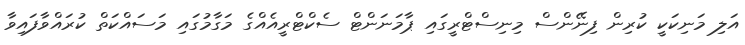
އަލި މަނިކަކީ ކުރިން ފިނޭންސް މިނިސްޓްރީގައި ޕާމަނަންޓް ސެކްޓްރީއެއްގެ މަގާމުގައި މަސައްކަތް ކުރައްވާފައިވާ